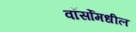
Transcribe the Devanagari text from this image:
वॉर्सोमधील